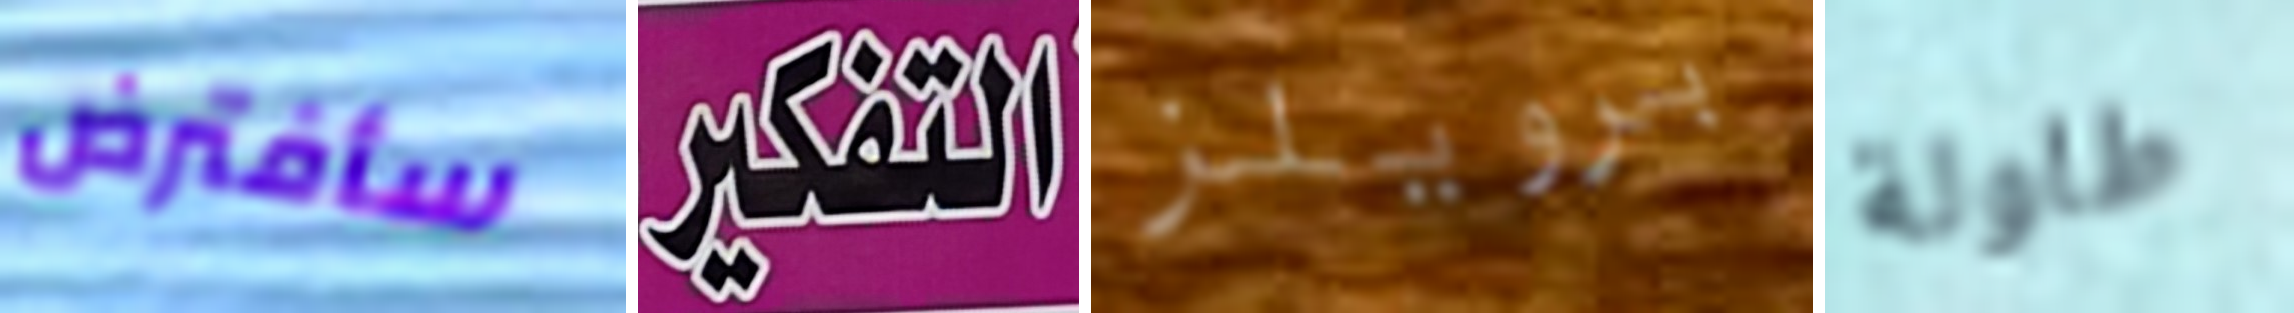
سأفترض التفكير برويلز طاولة